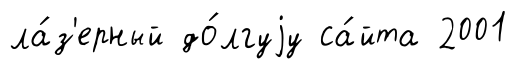
ла́з'ерный до́лгуjу са́йта 2001